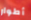
أطوار